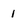
Character: 1